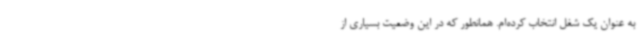
به عنوان یک شغل انتخاب کرده‌ام. همانطور که در این وضعیت بسیاری از